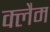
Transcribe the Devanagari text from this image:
क्लैम